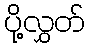
ပို့လွှတ်